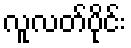
လူလတ်ပိုင်း